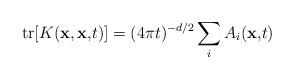
LaTeX: \begin{align*}{\rm tr}[K({\bf x,x,}t)]=(4\pi t)^{-d/2}\sum_{i}A_{i}({\bf x,}t{\bf )}\end{align*}